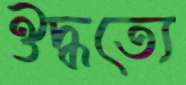
ঔদ্ধত্যে